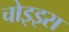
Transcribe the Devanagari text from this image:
चोइइस